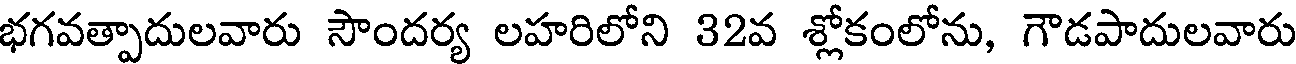
భగవత్పాదులవారు సౌందర్య లహరిలోని 32వ శ్లోకంలోను, గౌడపాదులవారు